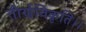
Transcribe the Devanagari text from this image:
तीर्णविकृति।।